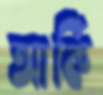
আর্কি